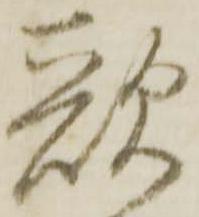
歌